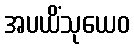
အပယိံသုယေဝ